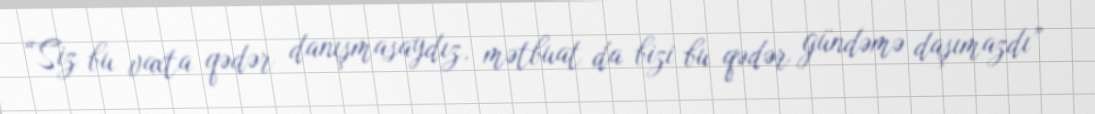
“Siz bu vaxta qədər danışmasaydız, mətbuat da bizi bu qədər gündəmə daşımazdı”